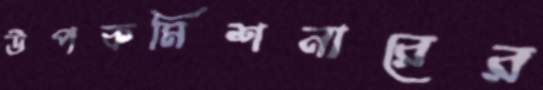
উপকমিশনারের